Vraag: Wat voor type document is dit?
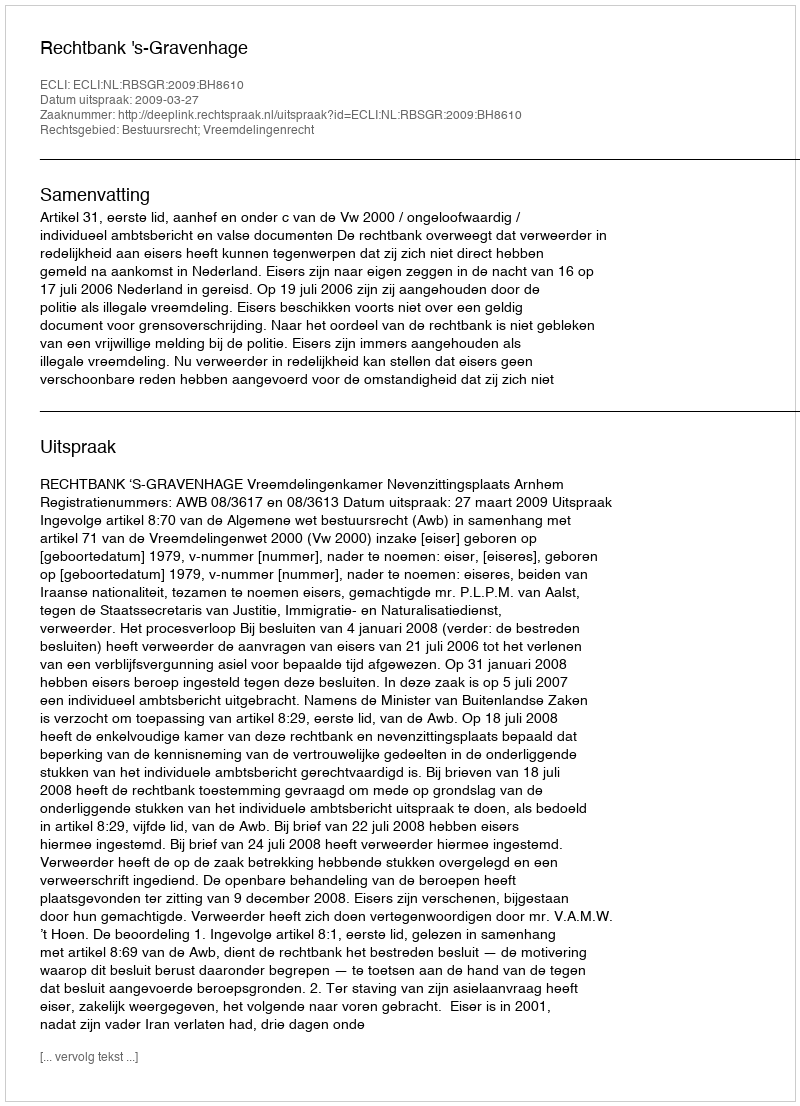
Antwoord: Uitspraak